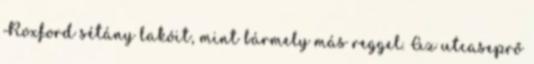
Roxford sétány lakóit, mint bármely más reggel. Az utcaseprő